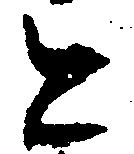
と